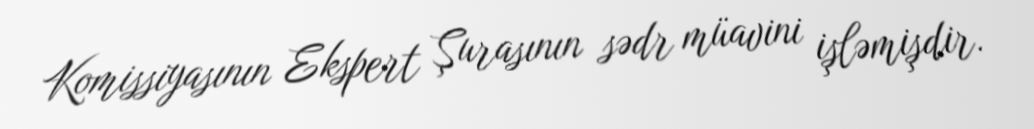
Komissiyasının Ekspert Şurasının sədr müavini işləmişdir.